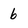
Character: 6